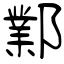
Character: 鄴